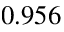
0 . 9 5 6